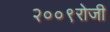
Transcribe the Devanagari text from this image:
२००९रोजी